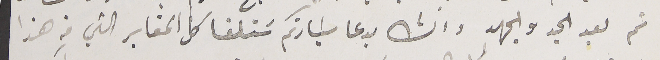
تم بعد الجد والجهد وانشالله بدعا سَيادتكم سَتلغا كل المقابر التي فى هذا